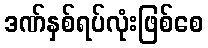
ဒဏ်နှစ်ရပ်လုံးဖြစ်စေ